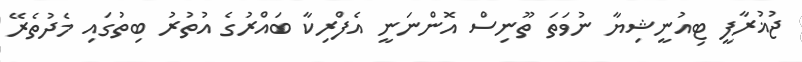
ޖުޣުރާފީ ޓިއުނީޝިޔާ ނުވަތަ ތޫނިސް އޮންނަނީ އެފްރިކާ ބައްރުގެ އުތުރު ބިތުގައި މެދުތެރޭ